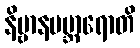
နိဗ္ဗာနပဗ္ဘာရောတိ